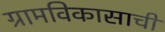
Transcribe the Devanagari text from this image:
ग्रामविकासाची